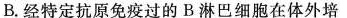
B.经特定抗原免疫过的B淋巴细胞在体外培